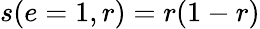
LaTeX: s(e=1,r)=r(1-r)